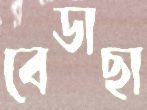
বেডাছা